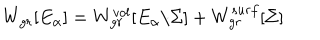
W _ { g r } [ E _ { \alpha } ] = W _ { g r } ^ { v o l } [ E _ { \alpha } / \Sigma ] + W _ { g r } ^ { s u r f } [ \Sigma ]